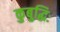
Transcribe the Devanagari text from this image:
कुबुद्धिः